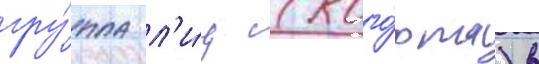
гру́ппа л'и́ц (кого́рта) в